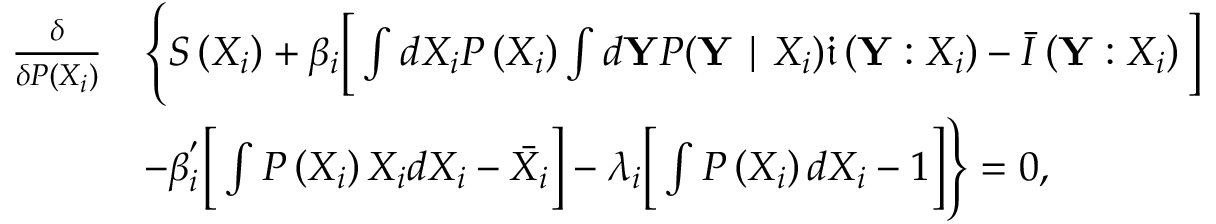
\begin{array} { r l } { \frac { \delta } { \delta P \left( { X } _ { i } \right) } } & { \Bigg \{ S \left( { X } _ { i } \right) + \beta _ { i } \bigg [ \int d X _ { i } P \left( { X } _ { i } \right) \int d { \mathbf { Y } } P ( \mathbf { Y } \mid { X } _ { i } ) \mathfrak { i } \left( { \mathbf { Y } } : { X } _ { i } \right) - \bar { I } \left( \mathbf { Y } : { X } _ { i } \right) \bigg ] } \\ & { - \beta _ { i } ^ { ' } \bigg [ \int P \left( { X } _ { i } \right) { X } _ { i } d X _ { i } - \Bar { X _ { i } } \bigg ] - \lambda _ { i } \bigg [ \int P \left( { X } _ { i } \right) d X _ { i } - 1 \bigg ] \Bigg \} = 0 , } \end{array}